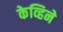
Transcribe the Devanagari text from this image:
केव्हिने